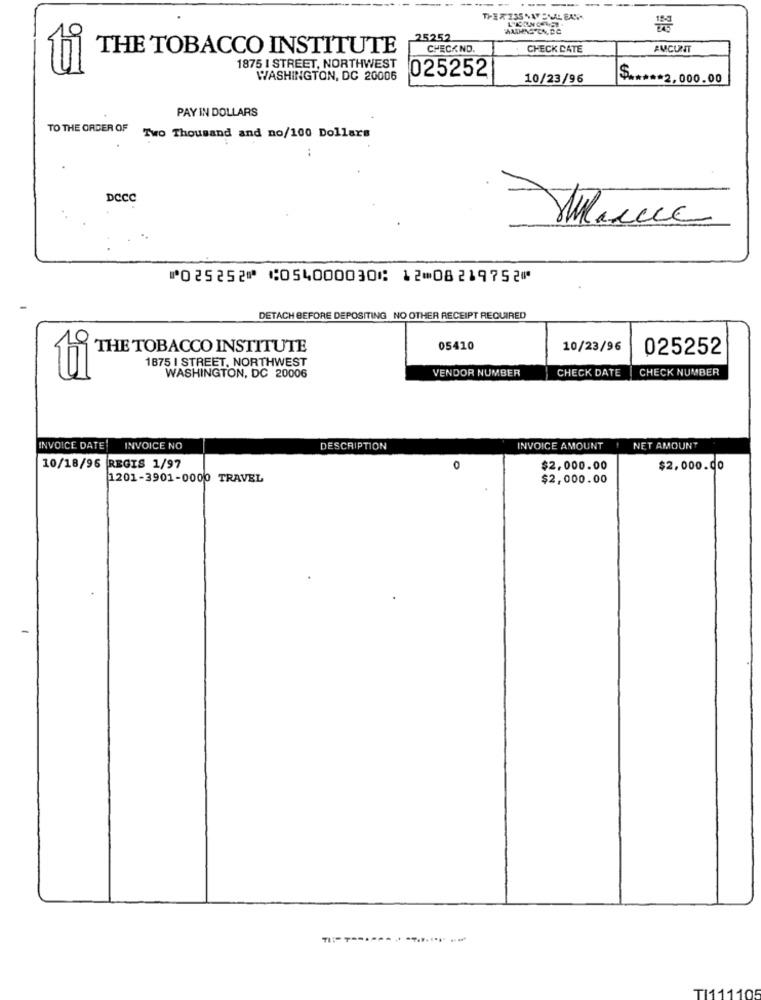
----
25252
THE TOBACCO INSTITUTE
CHECKNO.
CHECK DATE
AMCUNT
95
1875 I STREET, NORTHWEST
WASHINGTON, DC 20006
025252
10/23/96
$ ***** 2,000.00
PAY IN DOLLARS
TO THE ORDER OF
Two Thousand and no/100 Dollars
..
DCCC
⑈025252⑈ ⑆054000030⑆ 12⑉08219752⑈
DETACH BEFORE DEPOSITING NO OTHER RECEIPT REQUIRED
THE TOBACCO INSTITUTE
05410
10/23/96
025252
1875 I STREET, NORTHWEST
VENDOR NUMBER
CHECK DATE
CHECK NUMBER
ti
WASHINGTON, DC 20006
INVOICE DATE
INVOICE NO
DESCRIPTION
INVOICE AMOUNT
NET AMOUNT
10/18/96 REGIS 1/97
$2,000.00
$2.000.00
1201-3901-0000 TRAVEL
$2,000.00
T1111